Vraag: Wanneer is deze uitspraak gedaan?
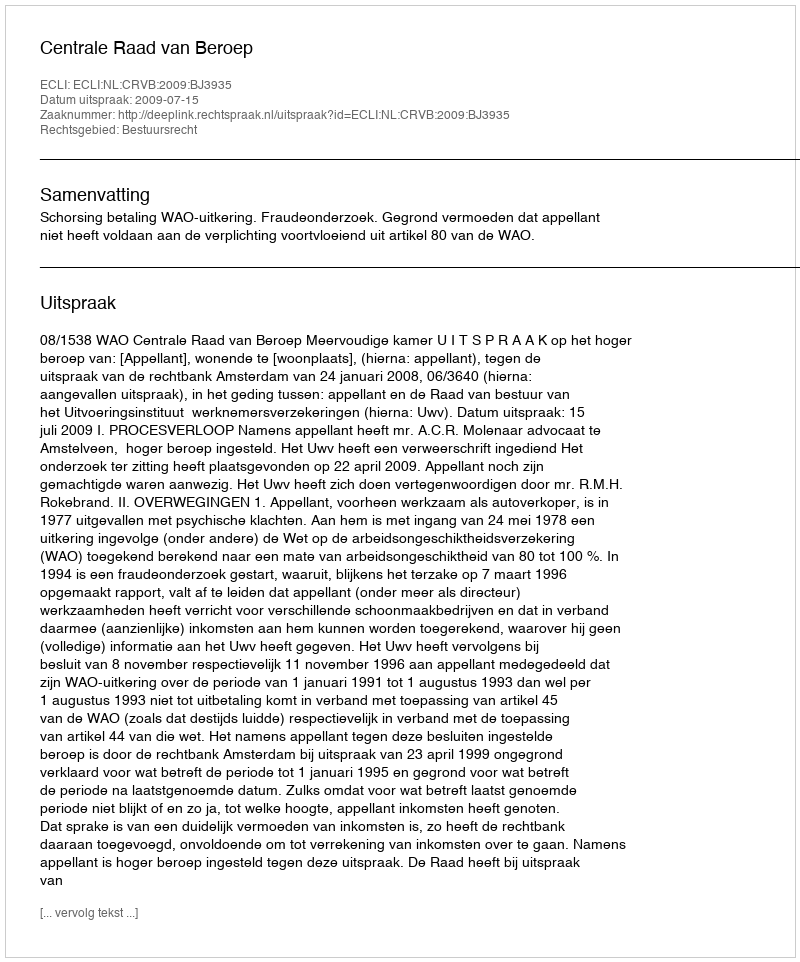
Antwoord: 2009-07-15